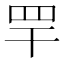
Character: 䍐